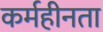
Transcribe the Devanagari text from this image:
कर्महीनता